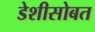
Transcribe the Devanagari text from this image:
डेशीसोबत